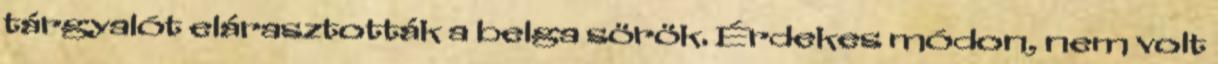
tárgyalót elárasztották a belga sörök. Érdekes módon, nem volt